38_143685_box7_Incident_Summaries_1-100
Agency: Department of War
Page 141
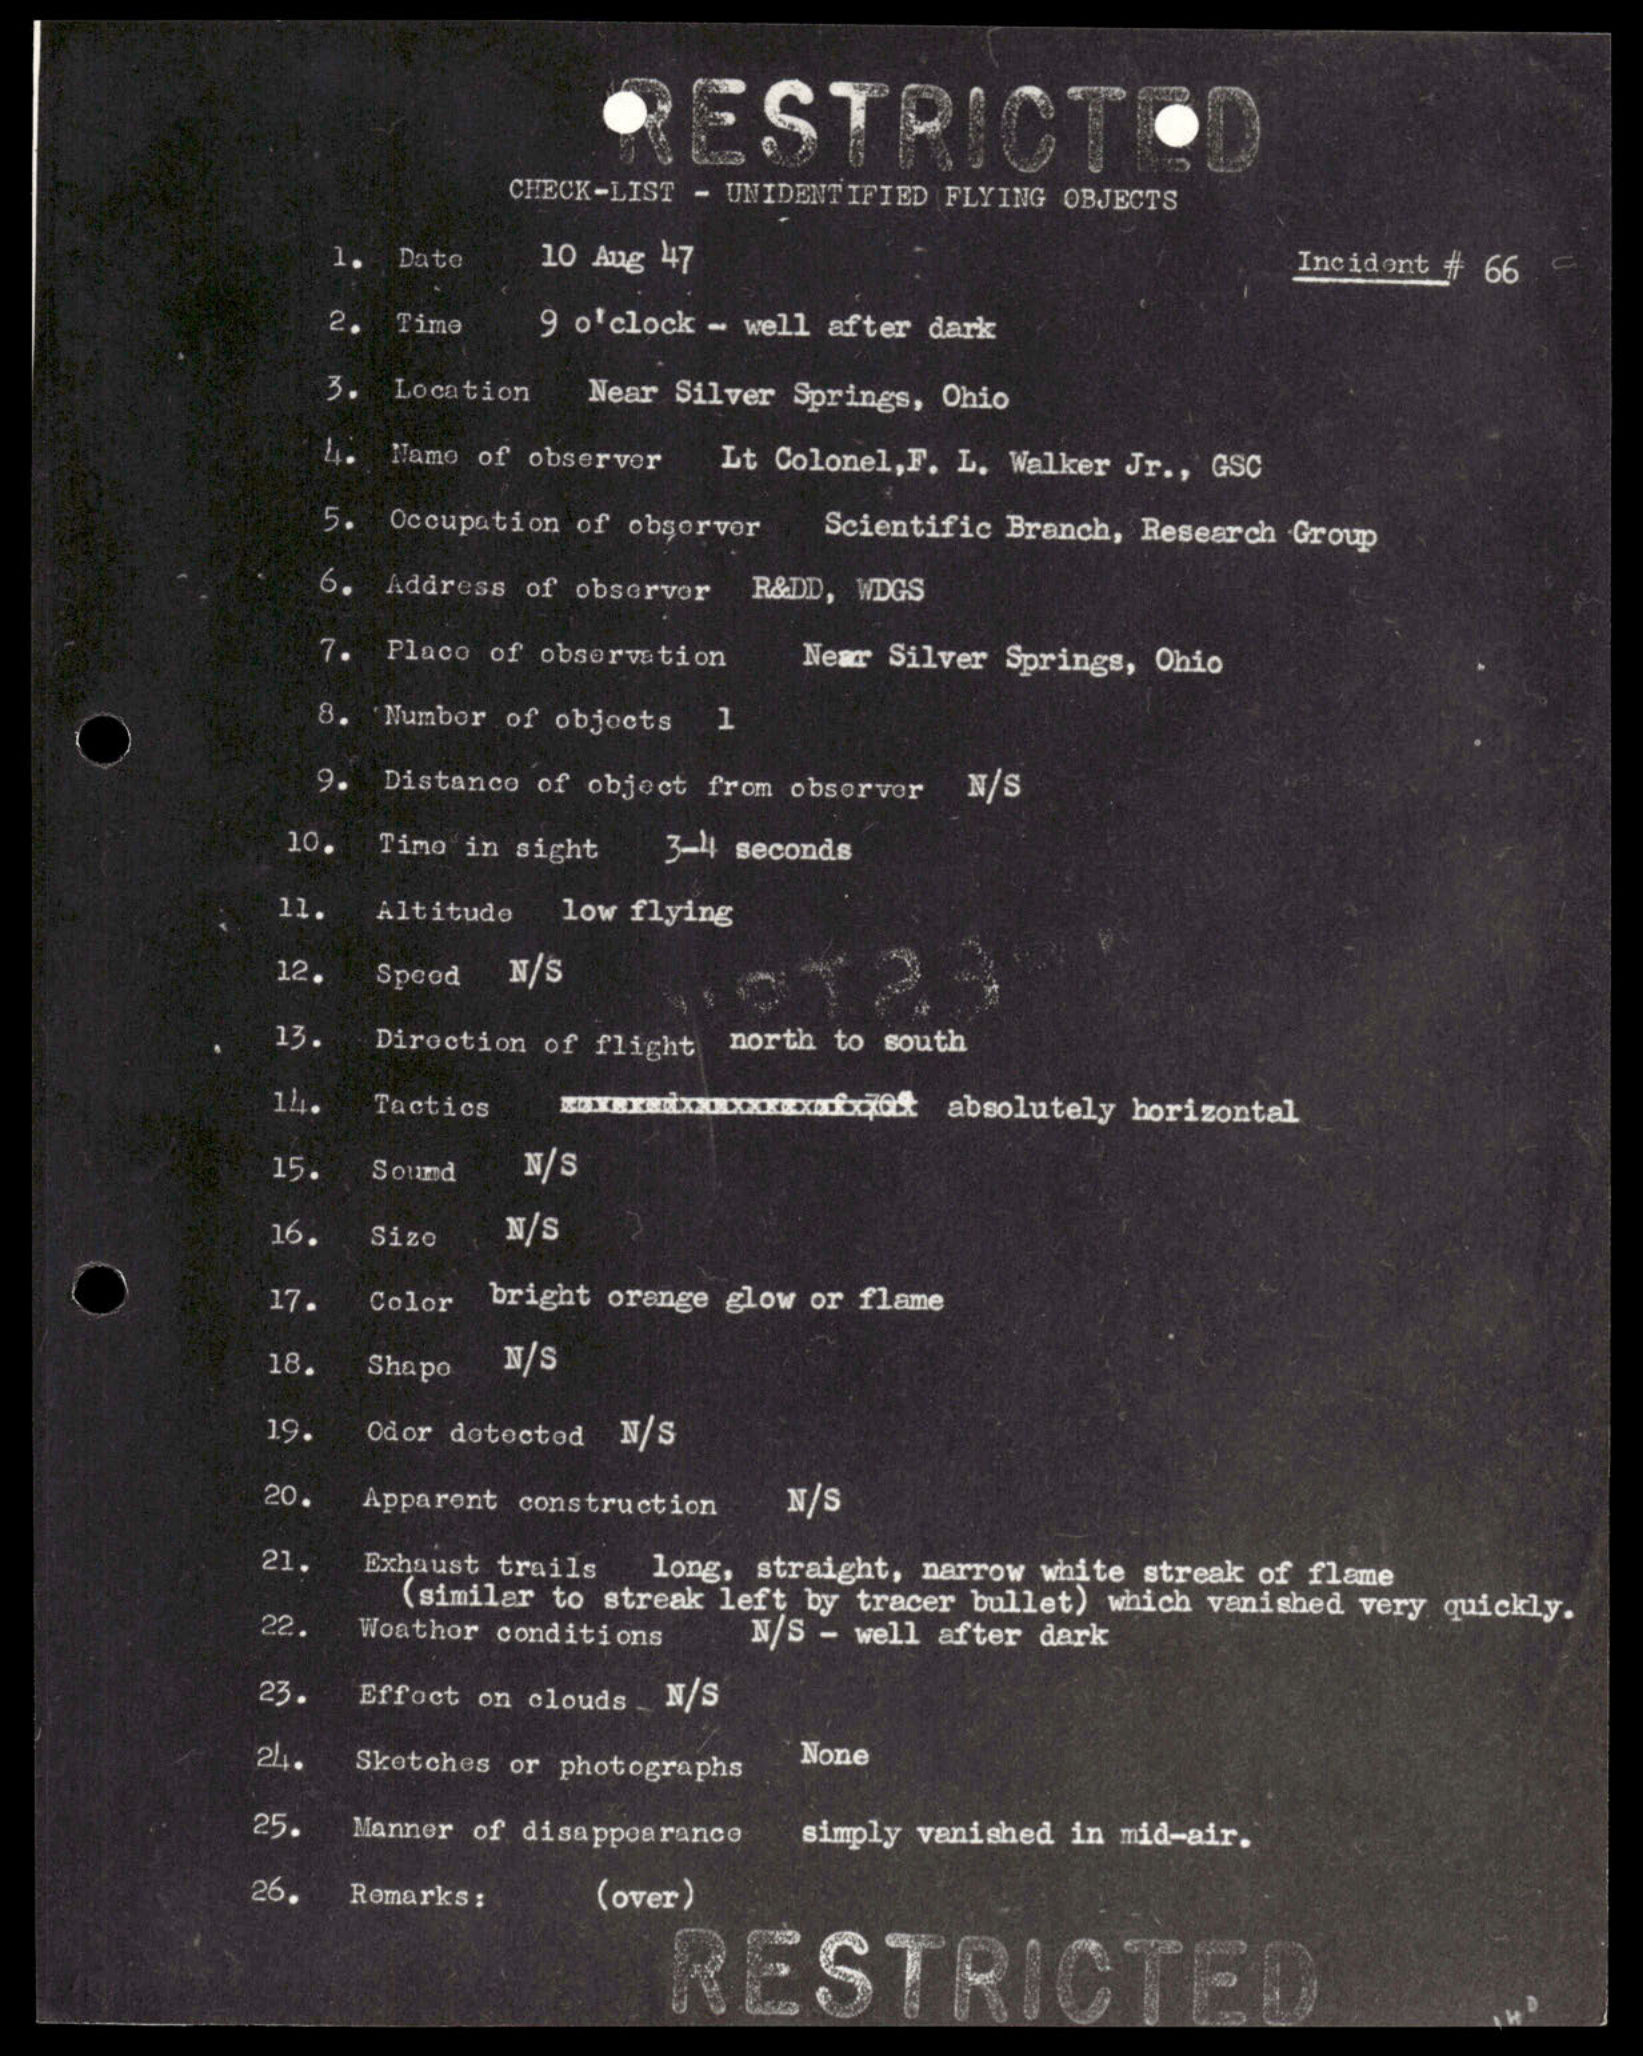